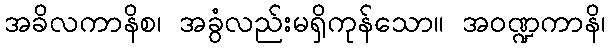
အခိလကာနိစ၊ အခွံလည်းမရှိကုန်သော။ အဝဏ္ဍကာနိ၊